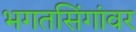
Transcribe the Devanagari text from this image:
भगतसिंगांवर